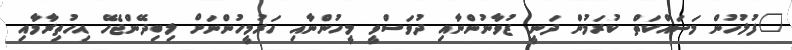
"ފުލުހުން މަސައްކަތް ކުރަމުން ދަނީ ޒުވާނުންނާއި ދުވަސްވީ މީހުންނާއި ހަރުމީހުންނަށް ލިބިދޭންޖެހޭ އިހުތިރާމާއި